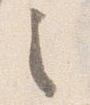
之